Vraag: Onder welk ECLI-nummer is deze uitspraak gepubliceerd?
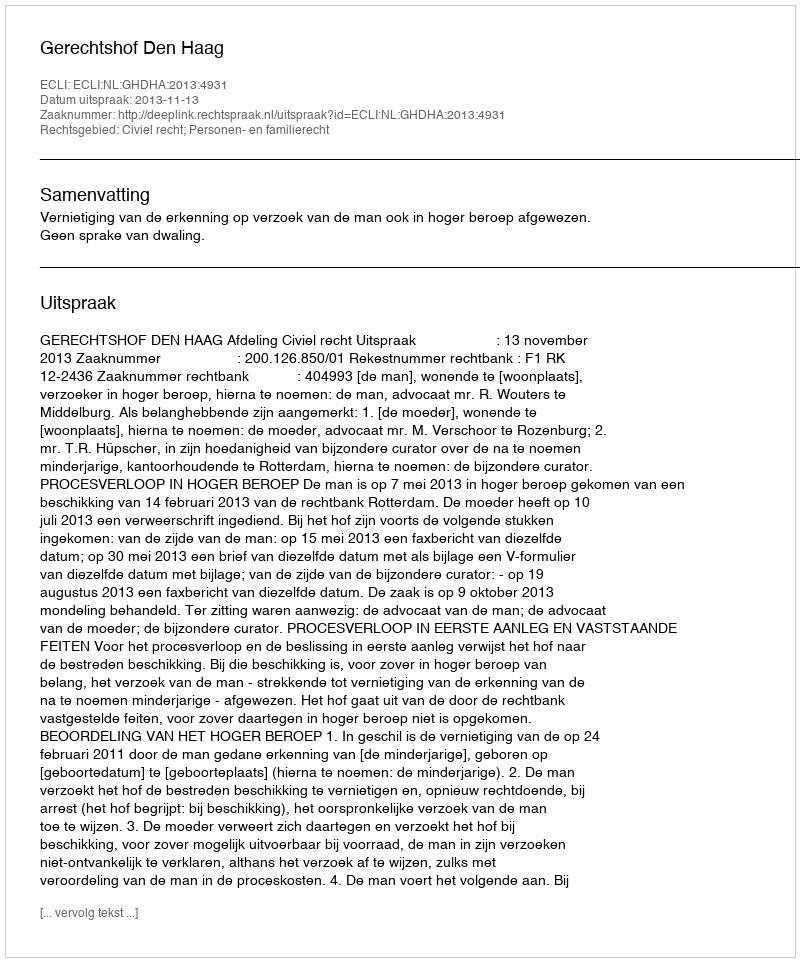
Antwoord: ECLI:NL:GHDHA:2013:4931